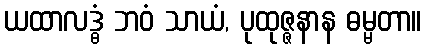
ယထာလဒ္ဓံ ဘဝံ သာယံ, ပုထုဇ္ဇနာန ဓမ္မတာ။